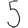
Digit: 5